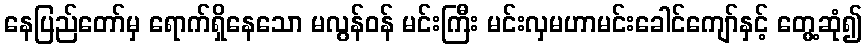
နေပြည်တော်မှ ရောက်ရှိနေသော မလွန်ဝန် မင်းကြီး မင်းလှမဟာမင်းခေါင်ကျော်နှင့် တွေ့ဆုံ၍